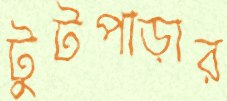
টুটপাড়ার